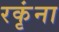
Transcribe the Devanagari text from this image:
रकृंना